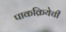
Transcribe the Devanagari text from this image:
पाकक्रियेची